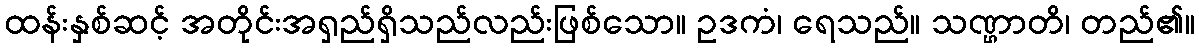
ထန်းနှစ်ဆင့် အတိုင်းအရှည်ရှိသည်လည်းဖြစ်သော။ ဥဒကံ၊ ရေသည်။ သဏ္ဌာတိ၊ တည်၏။